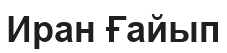
Иран Ғайып